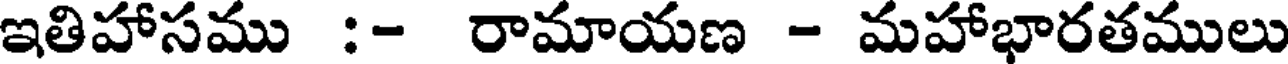
ఇతిహాసము :- రామాయణ - మహాభారతములు